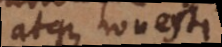
itaque honestati